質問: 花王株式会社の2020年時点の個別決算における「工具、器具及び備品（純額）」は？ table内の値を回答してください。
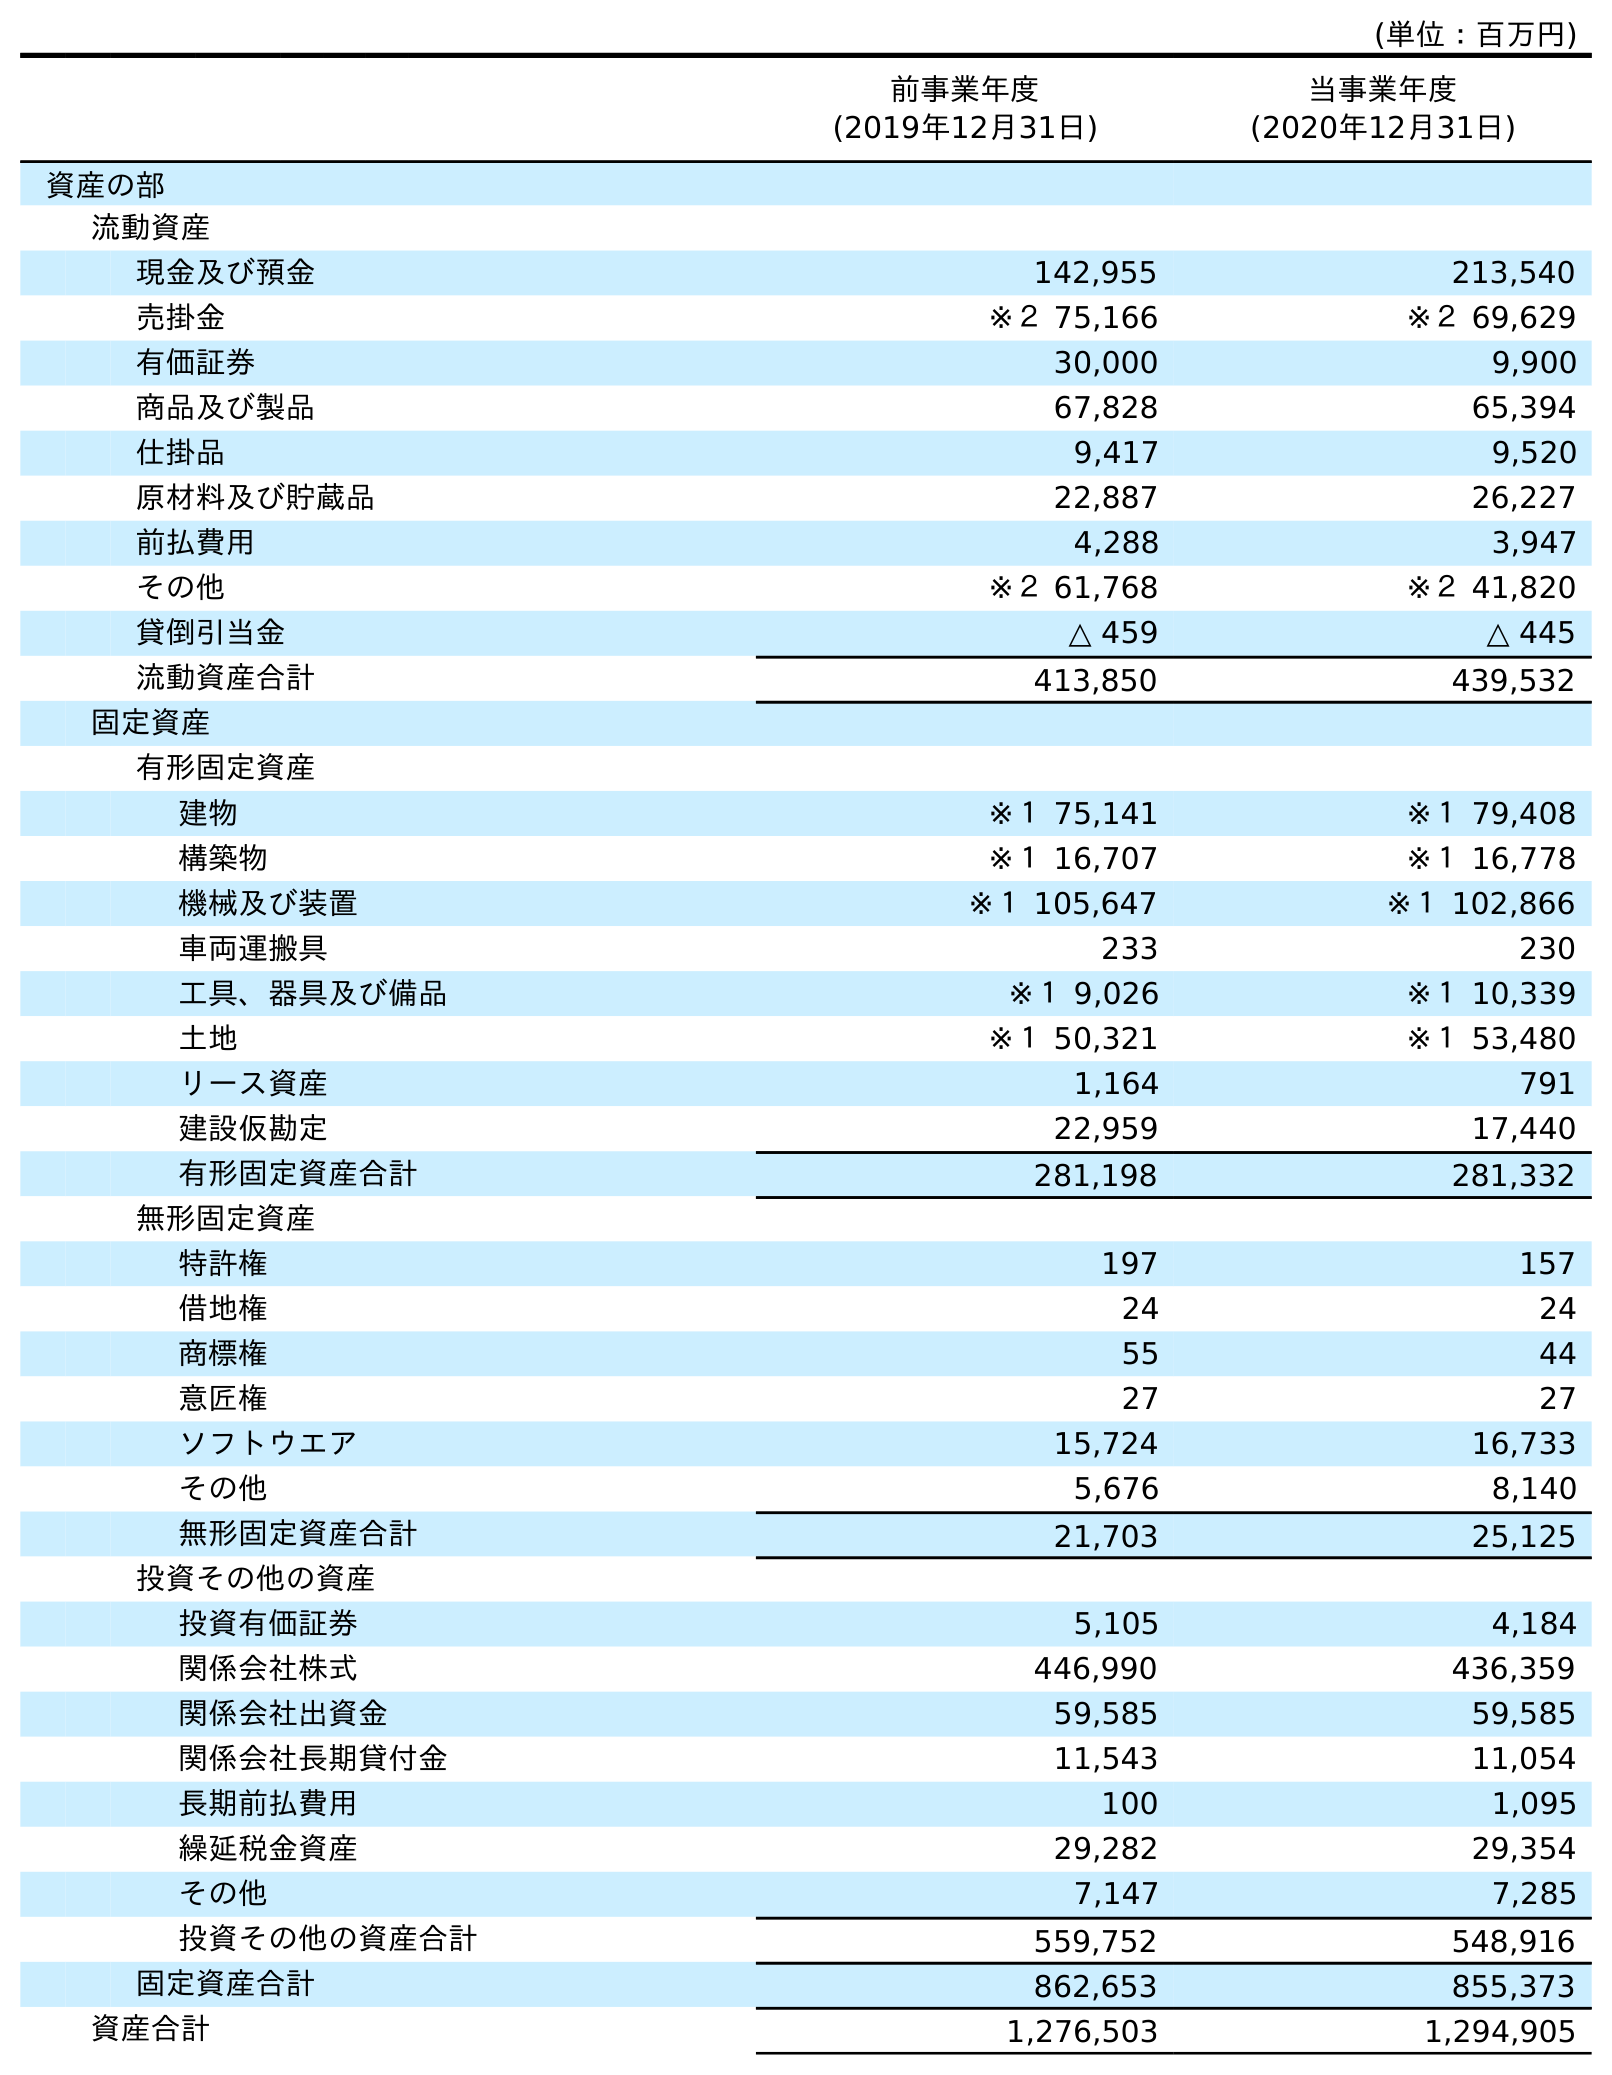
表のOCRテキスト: (単位：百万円) 前事業年度 (2019年12月31日) 当事業年度 (2020年12月31日) 資産の部 流動資産 現金及び預金 142,955 213,540 売掛金 ※２ 75,166 ※２ 69,629 有価証券 30,000 9,900 商品及び製品 67,828 65,394 仕掛品 9,417 9,520 原材料及び貯蔵品 22,887 26,227 前払費用 4,288 3,947 その他 ※２ 61,768 ※２ 41,820 貸倒引当金 △ 459 △ 445 流動資産合計 413,850 439,532 固定資産 有形固定資産 建物 ※１ 75,141 ※１ 79,408 構築物 ※１ 16,707 ※１ 16,778 機械及び装置 ※１ 105,647 ※１ 102,866 車両運搬具 233 230 工具、器具及び備品 ※１ 9,026 ※１ 10,339 土地 ※１ 50,321 ※１ 53,480 リース資産 1,164 791 建設仮勘定 22,959 17,440 有形固定資産合計 281,198 281,332 無形固定資産 特許権 197 157 借地権 24 24 商標権 55 44 意匠権 27 27 ソフトウエア 15,724 16,733 その他 5,676 8,140 無形固定資産合計 21,703 25,125 投資その他の資産 投資有価証券 5,105 4,184 関係会社株式 446,990 436,359 関係会社出資金 59,585 59,585 関係会社長期貸付金 11,543 11,054 長期前払費用 100 1,095 繰延税金資産 29,282 29,354 その他 7,147 7,285 投資その他の資産合計 559,752 548,916 固定資産合計 862,653 855,373 資産合計 1,276,503 1,294,905
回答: ※１10,339